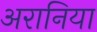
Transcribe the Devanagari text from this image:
अरानिया